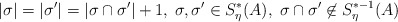
\begin{align*} |\sigma|=|\sigma'|=|\sigma \cap \sigma'|+1,\; \sigma, \sigma' \in S_\eta^*(A), \; \sigma \cap \sigma' \not\in S_\eta^{*-1}(A)\end{align*}